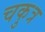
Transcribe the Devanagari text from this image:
चकुत्र